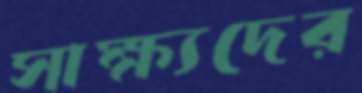
সাক্ষ্যদের